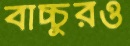
বাচ্চুরও